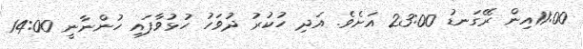
11:00އިން ރޭގަނޑު 23:00 އަށެވެ. އަދި ހުކުރު ދުވަހު ހުޅުވާފައި ހުންނާނީ 14:00